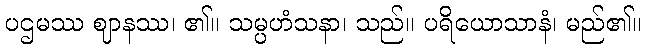
ပဌမဿ ဈာနဿ၊ ၏။ သမ္ပဟံသနာ၊ သည်။ ပရိယောသာနံ၊ မည်၏။